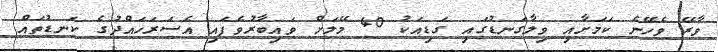
ވާރޭ ވެހޭނެ ކަމަށާއި ވިލާގަނޑުގައި ގަޑިއަކު 40 މޭލަށް ވައިބާރުވެފައި އެސަރަހައްދުގެ ކަނޑުތައް